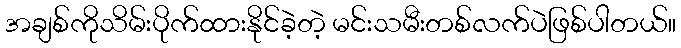
အချစ်ကိုသိမ်းပိုက်ထားနိုင်ခဲ့တဲ့ မင်းသမီးတစ်လက်ပဲဖြစ်ပါတယ်။